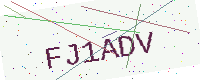
Text: FJ1ADV